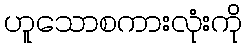
ဟူသောစကားလုံးကို